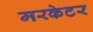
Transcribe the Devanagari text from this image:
मरकेटर